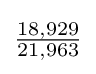
{\tfrac {18,929}{21,963}}